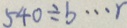
5 4 0 \div b \cdots r